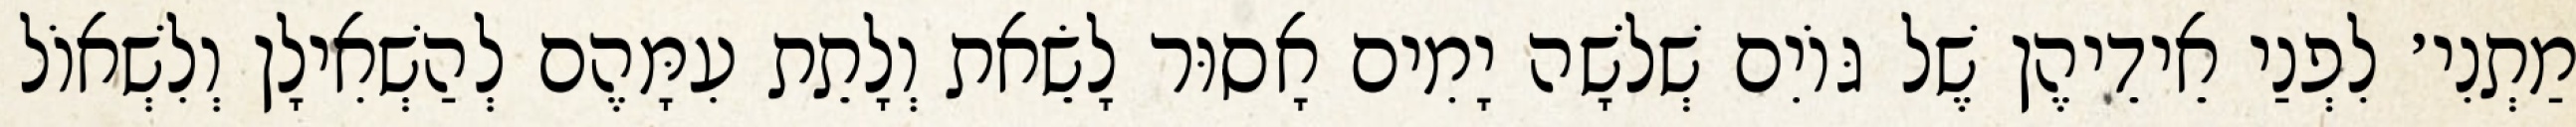
מַתְנִי׳ לִפְנַי אֵידֵיהֶן שֶׁל גּוֹיִם שְׁלֹשָׁה יָמִים אָסוּר לָשֵׂאת וְלָתֵת עִמָּהֶם לְהַשְׁאִילָן וְלִשְׁאוֹל